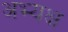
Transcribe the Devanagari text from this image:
अभ्यक्ष